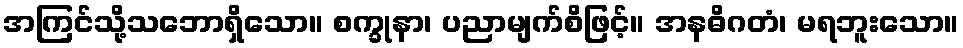
အကြင်သို့သဘောရှိသော။ စက္ခုနာ၊ ပညာမျက်စိဖြင့်။ အနဓိဂတံ၊ မရဘူးသော။